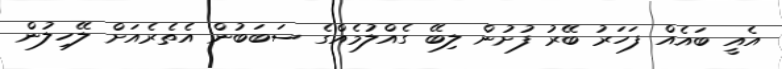
އެއީ ބައެއް ފަހަރު ބޭރު ފުށުން ލިބޭ ގެއްލުމެއްގެ ސަބަބުން އެތެރެއަށް ލޭހިލުން